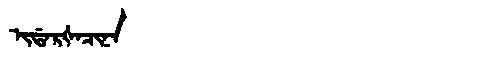
Manchu: ᡳᡩᠠᡵᡧᠠᠴᡳᠨᠠ
Romanization: IDARŠACINA